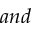
a n d